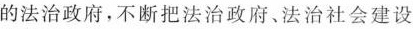
的法治政府，不断把法治政府、法治社会建设